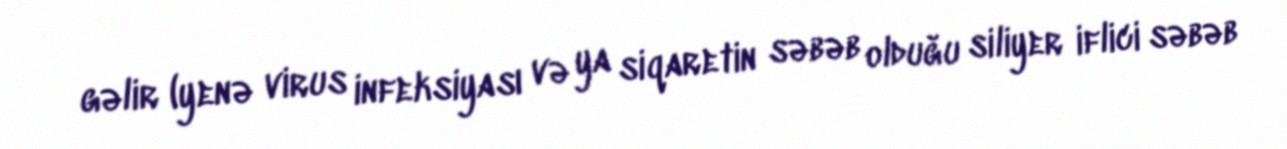
gəlir (yenə virus infeksiyası və ya siqaretin səbəb olduğu siliyer iflici səbəb